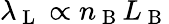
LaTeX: \lambda_{\mathrm{~L~}}\propto n_{\mathrm{~B~}}L_{\mathrm{~B~}}